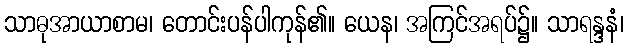
သာဓုအာယာစာမ၊ တောင်းပန်ပါကုန်၏။ ယေန၊ အကြင်အရပ်၌။ သာရန္ဒနံ၊